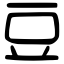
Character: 豆